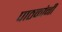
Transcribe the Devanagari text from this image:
पाठकांनी